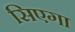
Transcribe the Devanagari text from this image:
सिएगा